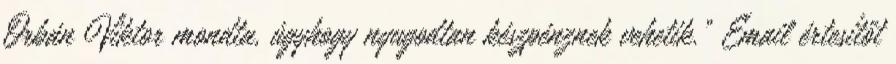
Orbán Viktor mondta, úgyhogy nyugodtan készpénznek vehetik.” Email értesítőt